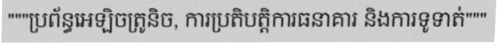
"""ប្រព័ន្ធអេឡិចត្រូនិច, ការប្រតិបត្តិការធនាគារ និងការទូទាត់"""